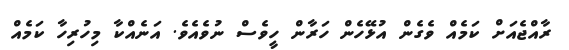
ރާއްޖެއަށް ކަމެއް ވެގެން އުޅޭހެން ހަރާން ހީވެސް ނުވެއެވެ. އަނެއްކާ މިހުރިހާ ކަމެއް